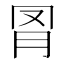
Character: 𦊌